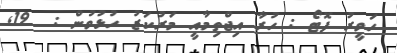
ހަވީރު ފޮޓޯ : ހުރާ އިޖްތިމާއީ މަރުކަޒު ހުޅުވުން :  19